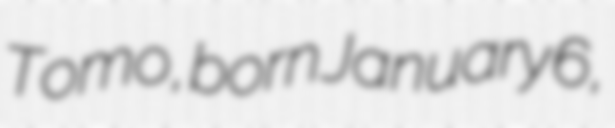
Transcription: Tomo, born January 6,